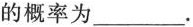
的概率为___.